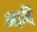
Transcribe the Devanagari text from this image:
आदि़